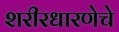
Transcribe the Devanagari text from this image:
शरीरधारणेचे